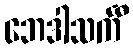
ဘေဒါသင်္ကီ